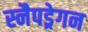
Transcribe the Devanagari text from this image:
स्नैपड्रेगन